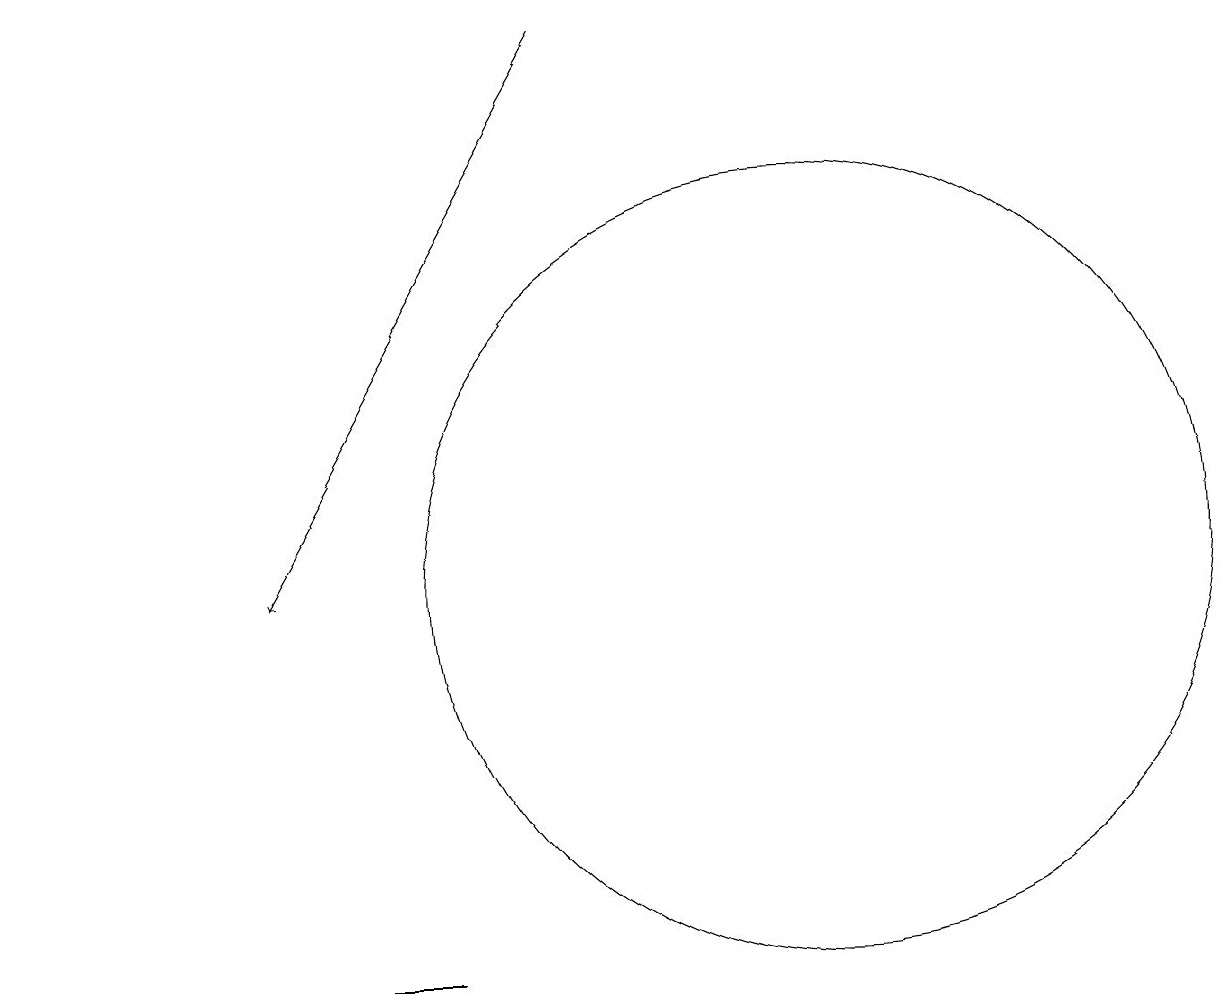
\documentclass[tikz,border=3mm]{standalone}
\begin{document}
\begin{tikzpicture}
\draw[->] (7,18) -- (3,11);
\draw (4,6) -- (0,6) -- (5,6) -- cycle;
\draw (10,11) circle (5);
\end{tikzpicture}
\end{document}